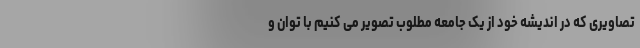
تصاویری که در اندیشه خود از یک جامعه مطلوب تصویر می کنیم با توان و